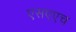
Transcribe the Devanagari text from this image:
एसएएच